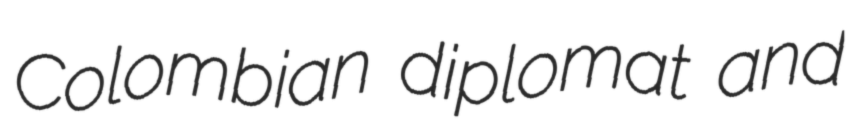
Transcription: Colombian diplomat and